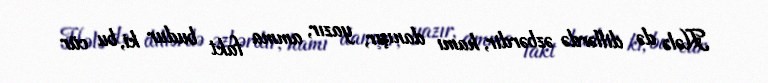
Hələ də dillərdə əzbərdir, hamı danışır, yazır, amma fakt budur ki, bu cür